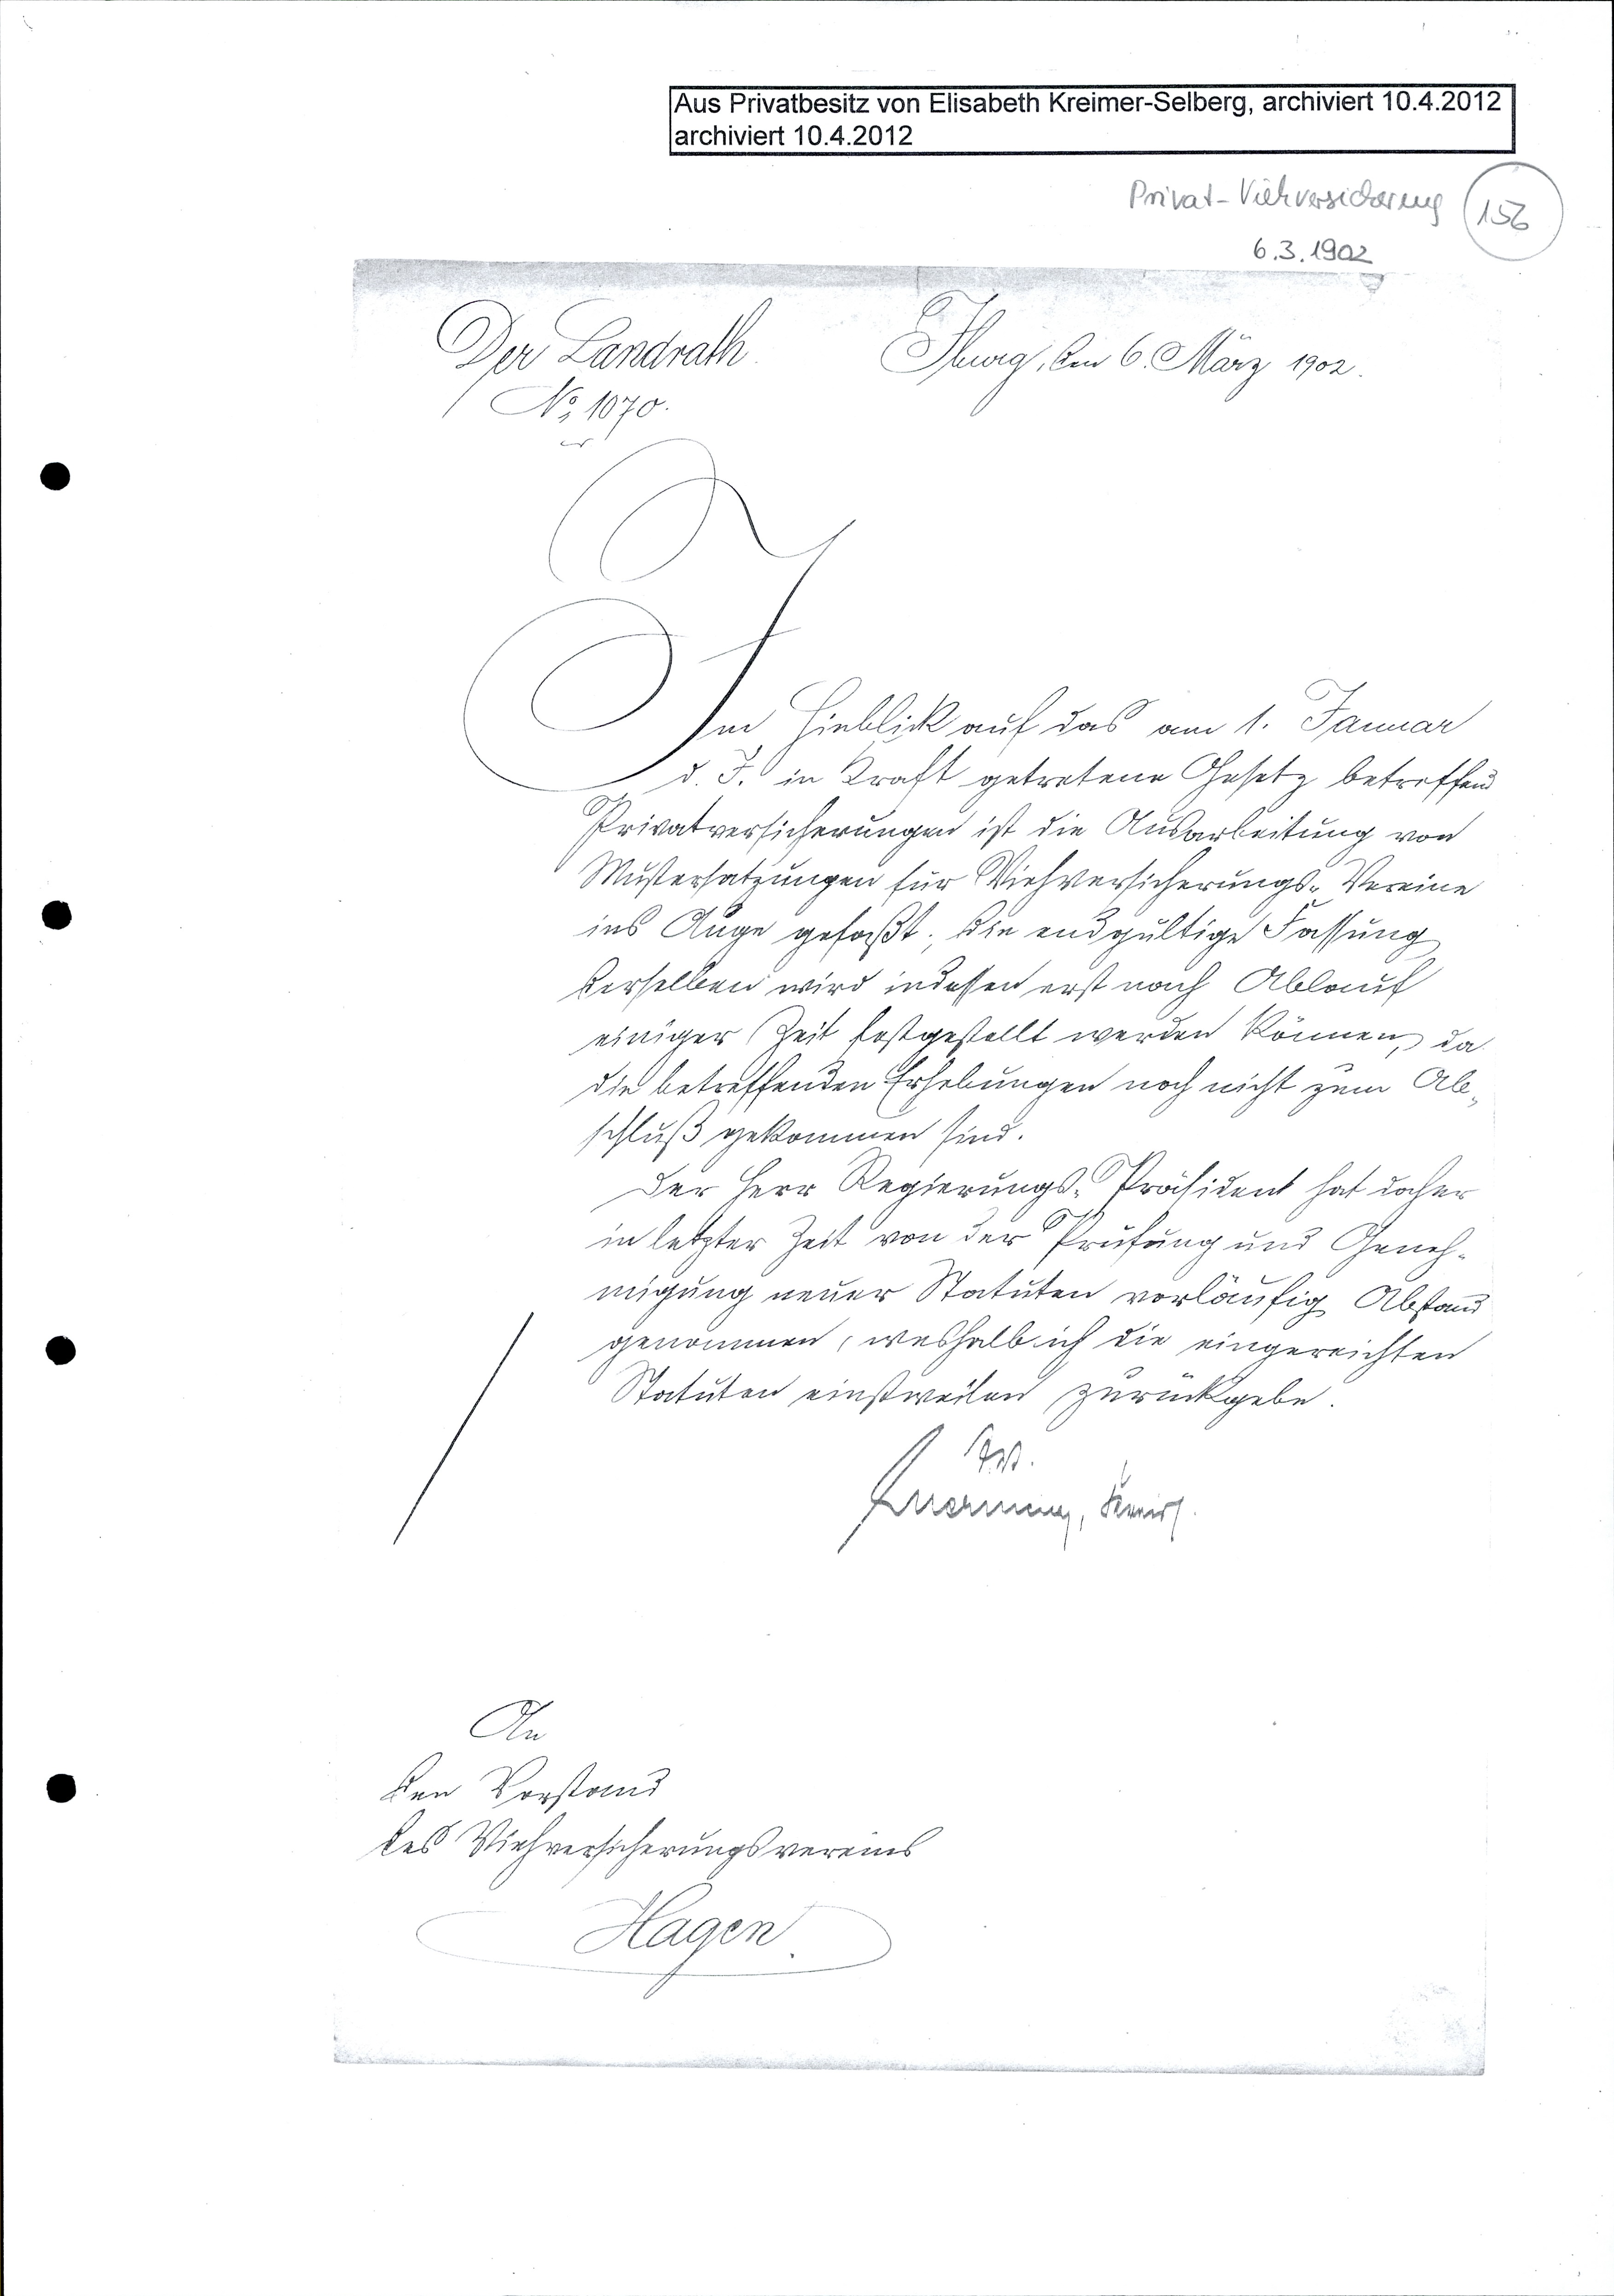
Privat-Viehversicherung (156)
6.3.1902
Der Landrath No. 1070. Iburg, den 6. März 1902
Im Hinblick auf das am 1. Januar
v. J. in Kraft getretene Gesetz betreffend
Privatversicherungen ist die Ausarbeitung von
Mustersatzungen für Viehversicherungs-Vereine
ins Auge gefaßt; die endgültige Fassung
derselben wird indessen erst nach Ablauf
einiger Zeit festgestellt werden können, da
die betreffenden Erhebungen noch nicht zum Ab¬
schluß gekommen sind.
Der Herr Regierungs-Präsident hat daher
in letzter Zeit von der Prüfung und Geneh¬
migung neuer Statuten vorläufig Abstand
genommen, weshalb ich die eingereichten
Statuten einstweilen zurückgebe.

An
den Vorstand
des Viehversicherungsvereins
Hagen.